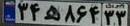
۳۴ه۸۶۴۳۳